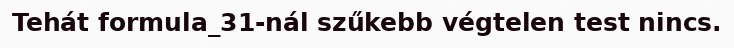
Tehát formula_31-nál szűkebb végtelen test nincs.